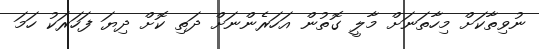
ނުވިތާކަށް މިހާތަނަށް މާލީ ގޮތުން އަހަރެންނަށް ދަތި ކޮށް ދިޔަ ފަހަރަކު ހަމަ